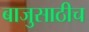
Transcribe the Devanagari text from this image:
बाजुसाठीच